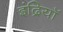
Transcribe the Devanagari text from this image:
इंद्रियॉ